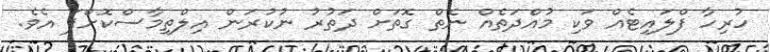
ހުރިހާ ފްލައިޓެއް ވަކި މުއްދަތެއް ނެތް ގޮތަށް ދަތުރު ނުކުރަން އިލްތިމާސްކޮށްފަ އެވެ.